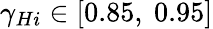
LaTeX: {{\gamma}_{Hi}}\in\left[0.85,\ 0.95\right]